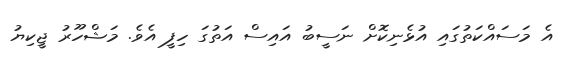
އެ މަސައްކަތުގައި އުޅެނިކޮށް ނަސީބު އައިސް އަތުގަ ހިފީ އެވެ. މަޝްހޫރު ޖީކިޔު